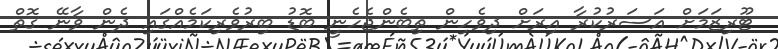
ޓޫރިޒަމަށް އަސަރުކުރާ އިރަށް ދިވެހިން ތިބެންޖެހެނީ ބޮޑު ބިރުވެރިކަމެއްގައި ދެން ވާނޭ ގޮތް